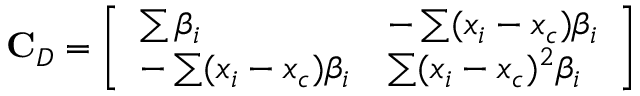
\mathbf { C } _ { D } = \left[ \begin{array} { l l } { \sum \beta _ { i } } & { - \sum ( x _ { i } - x _ { c } ) \beta _ { i } } \\ { - \sum ( x _ { i } - x _ { c } ) \beta _ { i } } & { \sum ( x _ { i } - x _ { c } ) ^ { 2 } \beta _ { i } } \end{array} \right]